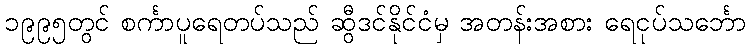
၁၉၉၅တွင် စင်္ကာပူရေတပ်သည် ဆွီဒင်နိုင်ငံမှ အတန်းအစား ရေငုပ်သင်္ဘော